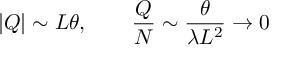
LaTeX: | Q | \sim L \theta , \ \ \ \ \ \ \frac { Q } { N } \sim \frac { \theta } { \lambda L ^ { 2 } } \rightarrow 0